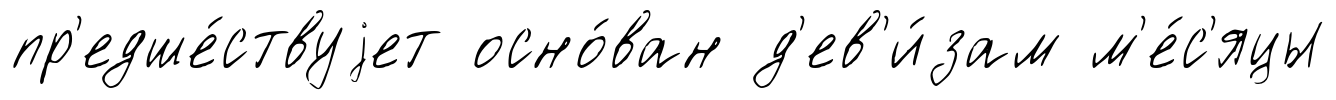
пр'едше́ствуjет осно́ван д'ев'и́зам м'е́с'яцы